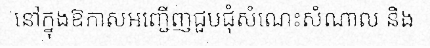
នៅក្នុងឱកាសអញ្ជើញជួបជុំសំណេះសំណាល និង